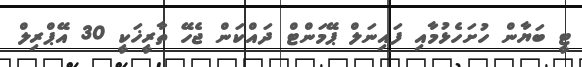
ޓީ ބަޔާން ހުށަހެޅުމާއި ފައިނަލް ޕޭމަންޓް ދައްކަން ޖެހޭ ތާރީޚަކީ 30 އޭޕްރިލް